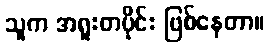
သူက အရူးတပိုင်း ဖြစ်နေတာ။